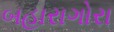
બહારાગોરા